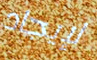
لإيجاد